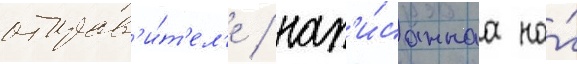
отправ'и́т'ел'е / нап'и́саннаа на́